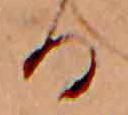
る